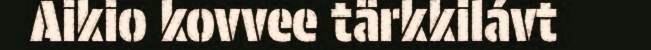
Aikio kovvee tärkkilávt